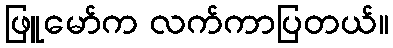
ဖြူမော်က လက်ကာပြတယ်။